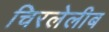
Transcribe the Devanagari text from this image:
चिरलेलीब